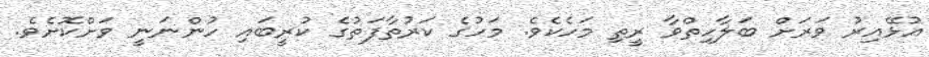
އުޅޭއިރު ވަރަށް ބަލާހިތްވާ ރީތި މަހެކެވެ. މަހުގެ ކަރުތާފަތުގެ ކުރީބައި ހުންނަނީ ވަށްކޮށެވެ.